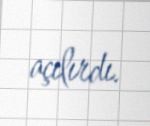
açılırdı.